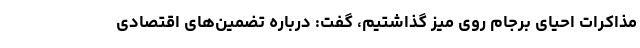
مذاکرات احیای برجام روی میز گذاشتیم،‌ گفت: درباره تضمین‌های اقتصادی